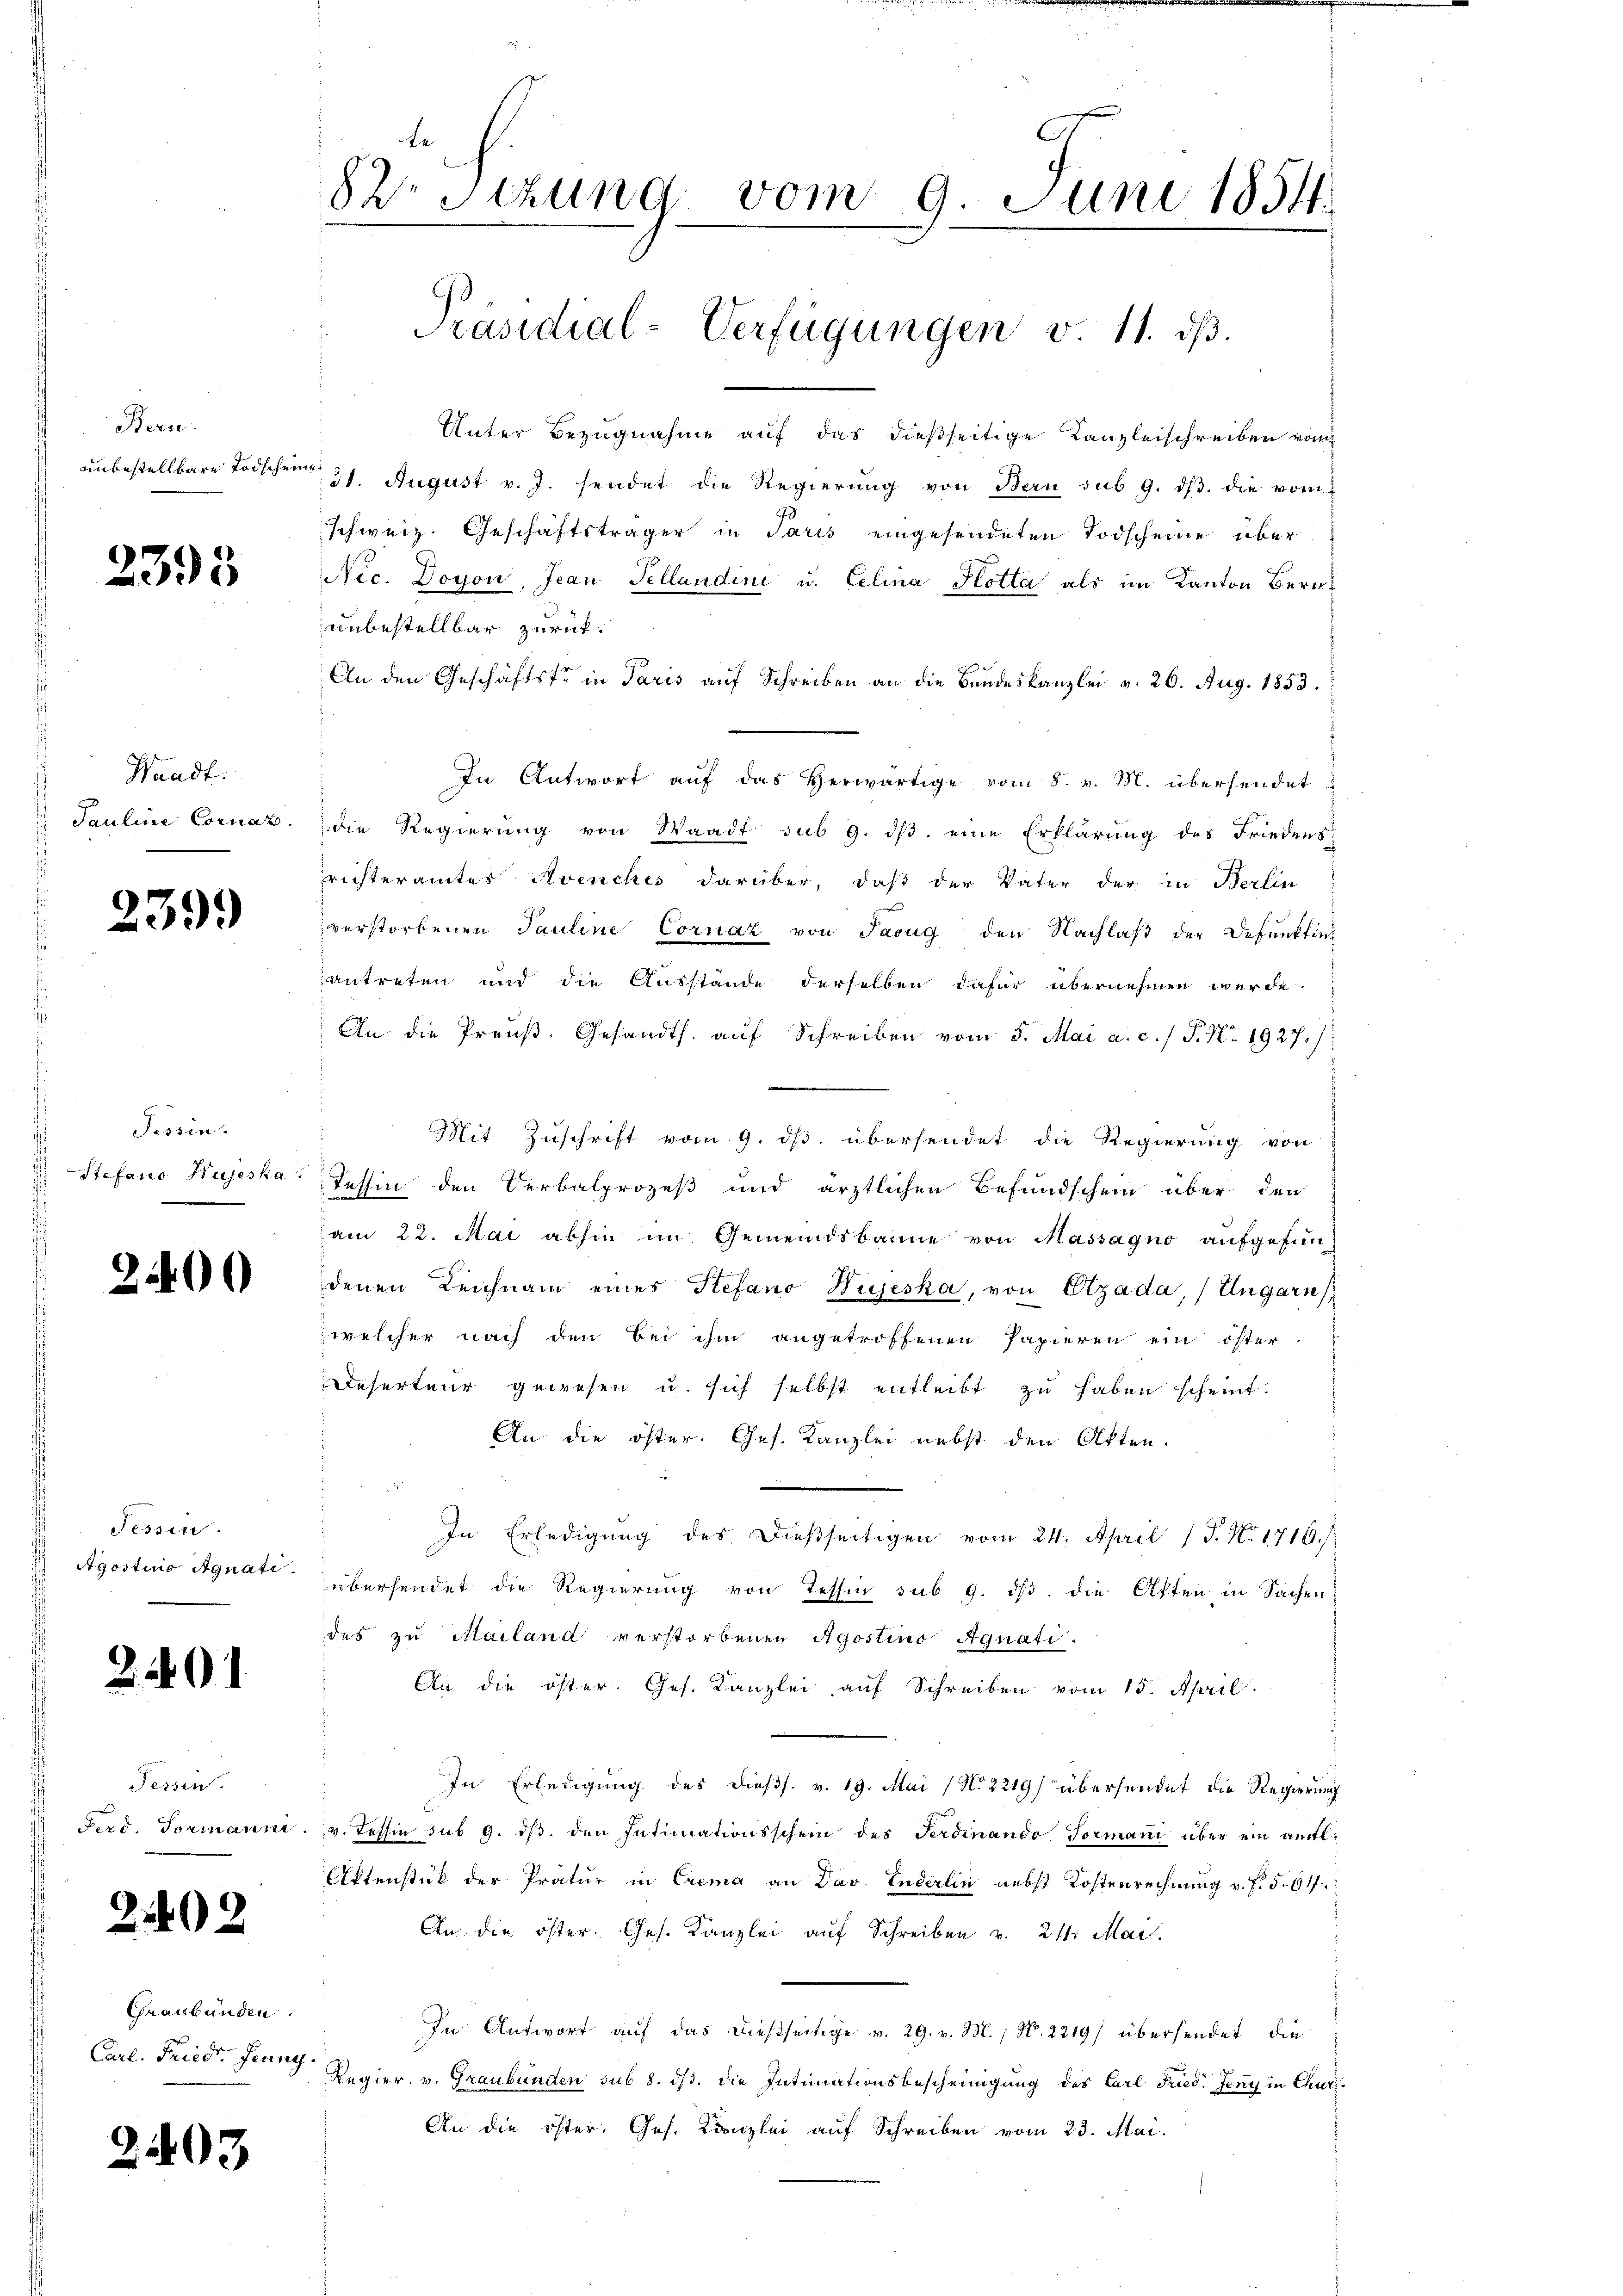
Bern.
unbestellbare Todschein

2393

Waadt.
Pauline Cornaz.

239.

Tessin.
Stefano Hujeska

2400

Fessen.
Agostinio Agnati

291

Tessin.
Ferd. Formanni

2

Graubünden
Carl. Friedr. Jenny

2403

82 Sitzung vom 9. Juni 1854.
Präsidial-Verfügungen v. 11. ds.

Unter Bezugnahme auf das dießseitige Kanzleischreiben vom
dt. August v. J. sendet die Regierŭng von Bern sub 9. dβ. die vom
schweiz. Geschäftsträger in Paris eingesendeten Todscheine über
NNec. Doyon, Jean Pellandini u. Celina Plotta als im Kanton Beraunbestellbar zurück.
An den Geschäftsfr in Paris auf Schreiben an die Bandeskanzlei v. 26. Aug. 1853.
In Antwort auf das Herwärtige vom 8. v. M. übersendet
die Regierung von Waadt sub 9. ds, eine Erklärung des Friedensrichteramtes Avenches darüber, daß der Vater der in Berlin
verstorbenen Pauline Cornaz von Parug den Nachlaß der Defunktin-
antreten und die Ausstande derselben dafür übernehmen werde.
An die Preuß. Gesandts. auf Schreiben vom 8. Mai a. c. / P. Nr. 1927./:
Mit Zuschrift vom 9. ds. übersendet die Regierung von
Tessin den Verbalprozeß und ärztlichen Befundschein über den
am 22. Mai abhin im Gemeindsbanne von Massagno aufgefun-
denen Leichnam eines Stefano Hujeska, von Etzada, / Ungarn
welcher nach den bei ihm angetroffenen Papieren ein öster
Deserteur gewesen u. sich selbst entleibt zu haben scheint.
An die öster. Ges. Kanzlei nebst den Otten.
4
In Erledigung des dießseitigen vom 24. April 1 S. Nr. 1716./
übersendet die Regierung von Tessin sub 9. dß die Akten in Sachen
des zu Mailand verstorbenen Agostino Agnati.
An die öster. Ges. Kanzlei auf Schreiben vom 15. April
In Erledigung des dießs. v. 19. Mai (No 2219) übersendet die Regierung
v. Tessin sub 9. dβ. den Intimationsschein des Ferdinando formani über ein amt¬
Aktenstück der Pratur in Crema an Dav. Enderlin nebst Kostenrechnung v. f. 5. 617.
An die öster. Ges. Kanzlei aŭf Schreiben v. 211. Mai.
In Antwort auf das dießseitige v. 29. v. M. / No. 2219/ übersendet, die
Regier. v. Graubünden sub 8. ds. die Intimationsbescheinigung des Carl Fried. Jeny in Churi¬
An die öster. Ges. Kanzlei auf Schreiben vom 23. Mai.